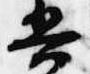
兵